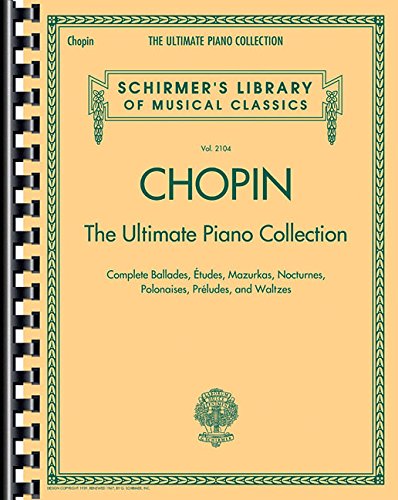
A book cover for Chopin: The Ultimate Piano Collection (Schirmer's Library of Musical Classics); Humor & Entertainment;